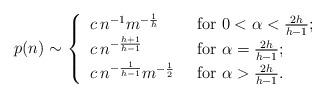
LaTeX: \begin{align*}p(n)\sim\begin{cases}\begin{tabular}{ll}$c\: n^{-1}m^{-\frac{1}{h}}$\ &\ for $0<\alpha< \frac{2h}{h-1}$;\\$c\: n^{-\frac{h+1}{h-1}}$ \ &\ for $\alpha=\frac{2h}{h-1}$;\\$c\: n^{-\frac{1}{h-1}}m^{-\frac{1}{2}}$\ &\ for $\alpha> \frac{2h}{h-1}$.\end{tabular}\end{cases}\end{align*}